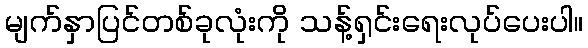
မျက်နှာပြင်တစ်ခုလုံးကို သန့်ရှင်းရေးလုပ်ပေးပါ။